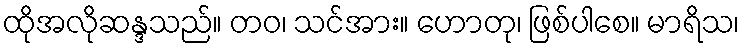
ထိုအလိုဆန္ဒသည်။ တဝ၊ သင်အား။ ဟောတု၊ ဖြစ်ပါစေ။ မာရိသ၊